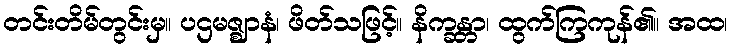
တင်းတိမ်တွင်းမှ။ ပဌမဇ္ဈာနံ၊ ဖိတ်သဖြင့်။ နိက္ခန္တာ၊ ထွက်ကြကုန်၏။ အထ၊